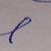
Signature authenticity: forged